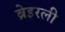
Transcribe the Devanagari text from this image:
ब्रेइरली